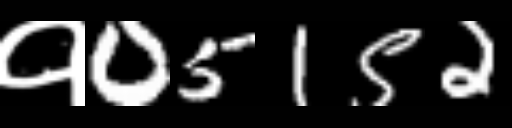
Text: १05152